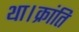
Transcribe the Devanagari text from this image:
था।क्रांति